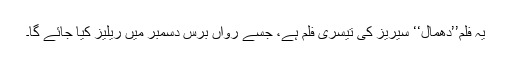
یہ فلم’’دھمال‘‘ سیریز کی تیسری فلم ہے، جسے رواں برس دسمبر میں ریلیز کیا جائے گا۔